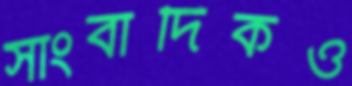
সাংবাদিকও